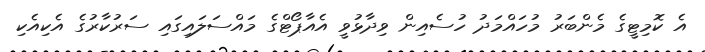
އެ ކޮމިޓީގެ މެންބަރު މުހައްމަދު ހުސެއިން ވިދާޅުވީ އެއާޕޯޓްގެ މައްސަލައިގައި ސަރުކާރުގެ އެކިއެކި